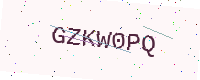
Text: GZKW0PQ